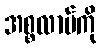
အစ္စလာမ်ကို